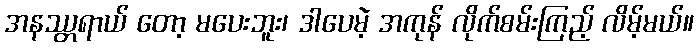
အနဿ္တရာယ် တော့ မပေးဘူး၊ ဒါပေမဲ့ အကုန် လိုက်စမ်းကြည့် လိမ့်မယ်။